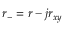
r _ { - } = r - j r _ { x y }